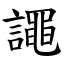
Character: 譝